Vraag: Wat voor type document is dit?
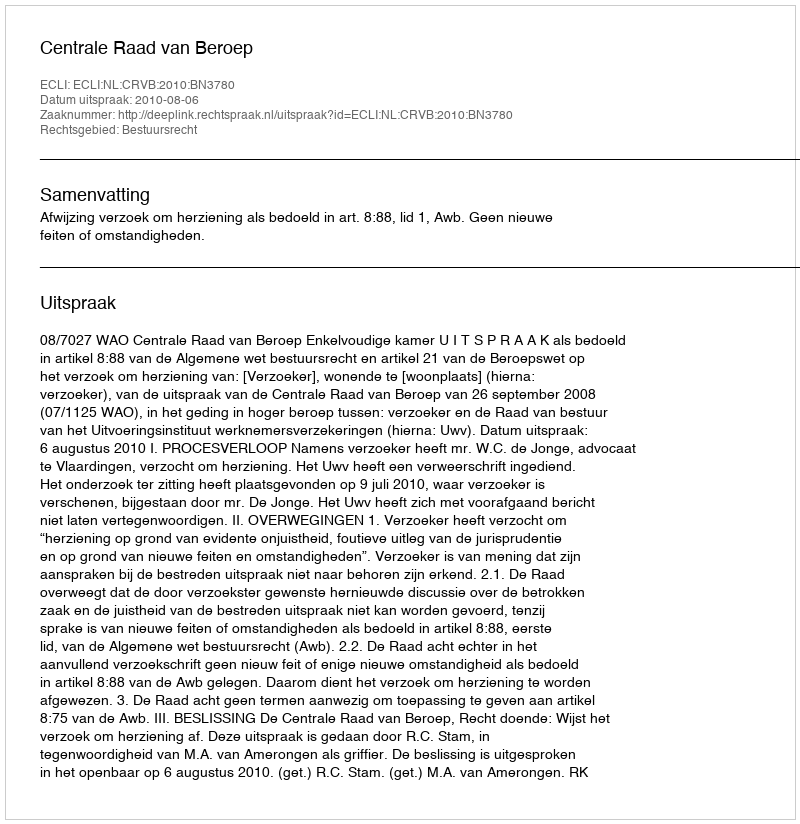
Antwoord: Uitspraak